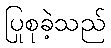
ပြုစုခဲ့သည်